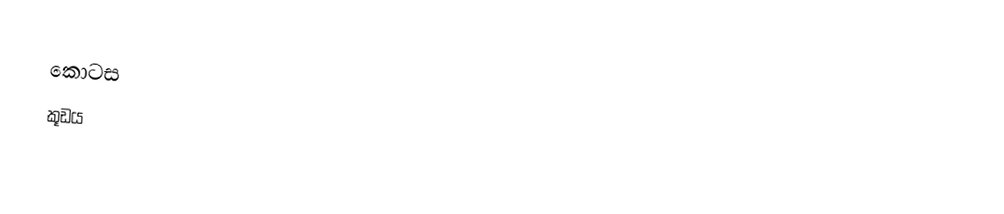
කොටස
 කූඩය